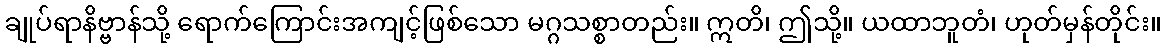
ချုပ်ရာနိဗ္ဗာန်သို့ ရောက်ကြောင်းအကျင့်ဖြစ်သော မဂ္ဂသစ္စာတည်း။ ဣတိ၊ ဤသို့။ ယထာဘူတံ၊ ဟုတ်မှန်တိုင်း။